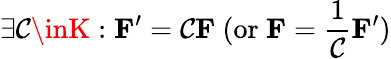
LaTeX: \exists\mathcal{C}\inK:\mathbf{{F}}^{\prime}=\mathcal{C}\mathbf{{F}}{\mathrm{{~(or~}}}\mathbf{{F}}={\frac{{1}}{{\mathcal{C}}}}\mathbf{{F}}^{\prime}{\mathrm{{)}}}